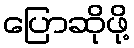
ပြောဆိုဖို့